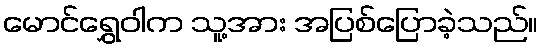
မောင်ရွှေဝါက သူ့အား အပြစ်ပြောခဲ့သည်။